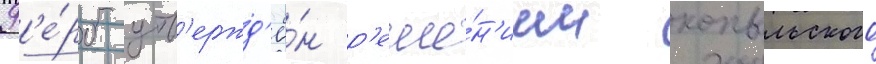
Г'е́рб утв'ержд'ё́н р'еше́н'ием копыльского